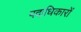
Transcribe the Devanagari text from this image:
पदाधिकारों